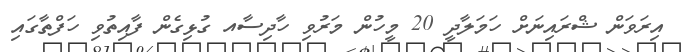
އިރަވަން ޝްރައިނަށް ހަމަލާދީ 20 މީހުން މަރުވި ހާދިސާއ ގުޅިގެން ފާއިތުވި ހަފްތާގައި